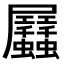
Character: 𧖏